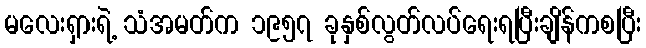
မလေးရှားရဲ့ သံအမတ်က ၁၉၅၇ ခုနှစ်လွတ်လပ်ရေးရပြီးချိန်ကစပြီး